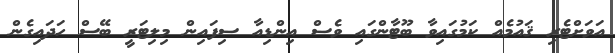
އަވަށްޓެރި ޤައުމެއް ކަމުގައިވާ ބޫޓާންގައި ވެސް އިންޑިއާ ސިފައިން މިލިޓަރީ ބޭސް ހަދައިގެން